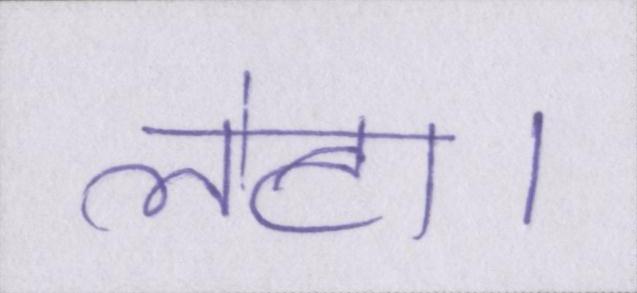
लेटा।